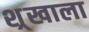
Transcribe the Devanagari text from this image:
श्र्‌खाला